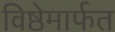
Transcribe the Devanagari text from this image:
विष्ठेमार्फत